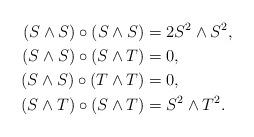
LaTeX: \begin{align*} (S\wedge S)\circ(S\wedge S) & = 2S^2\wedge S^2 , \\ (S\wedge S)\circ(S\wedge T) & = 0 , \\ (S\wedge S)\circ(T\wedge T) & = 0 , \\ (S\wedge T)\circ(S\wedge T) & = S^2\wedge T^2 . \end{align*}